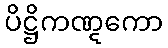
ပိဋ္ဌိကဏ္ဋကော